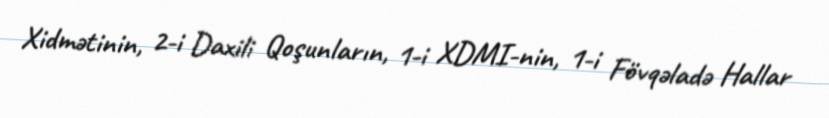
Xidmətinin, 2-i Daxili Qoşunların, 1-i XDMI-nin, 1-i Fövqəladə Hallar